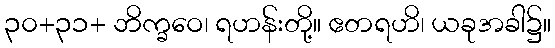
၃၀+၃၁+ ဘိက္ခဝေ၊ ရဟန်းတို့။ ဧတရဟိ၊ ယခုအခါ၌။